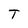
Character: T